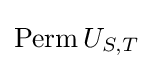
{\text{Perm}}\,U_{S,T}